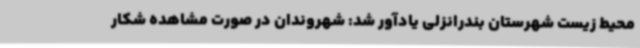
محیط زیست شهرستان بندرانزلی یادآور شد: شهروندان در صورت مشاهده شکار